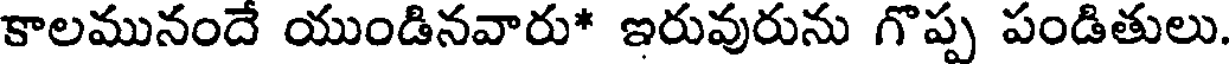
కాలమునందే యుండినవారు* ఇరువురును గొప్ప పండితులు.